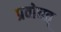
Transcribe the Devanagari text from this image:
प्रवोचत्